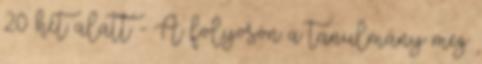
20 hét alatt - A folyosón a tanulmány meg